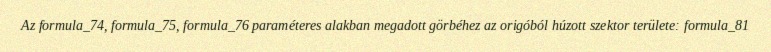
Az formula_74, formula_75, formula_76 paraméteres alakban megadott görbéhez az origóból húzott szektor területe: formula_81